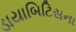
ડાયાબિટિસના